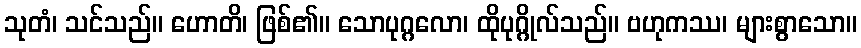
သုတံ၊ သင်သည်။ ဟောတိ၊ ဖြစ်၏။ သောပုဂ္ဂလော၊ ထိုပုဂ္ဂိုလ်သည်။ ဗဟုကဿ၊ များစွာသော။